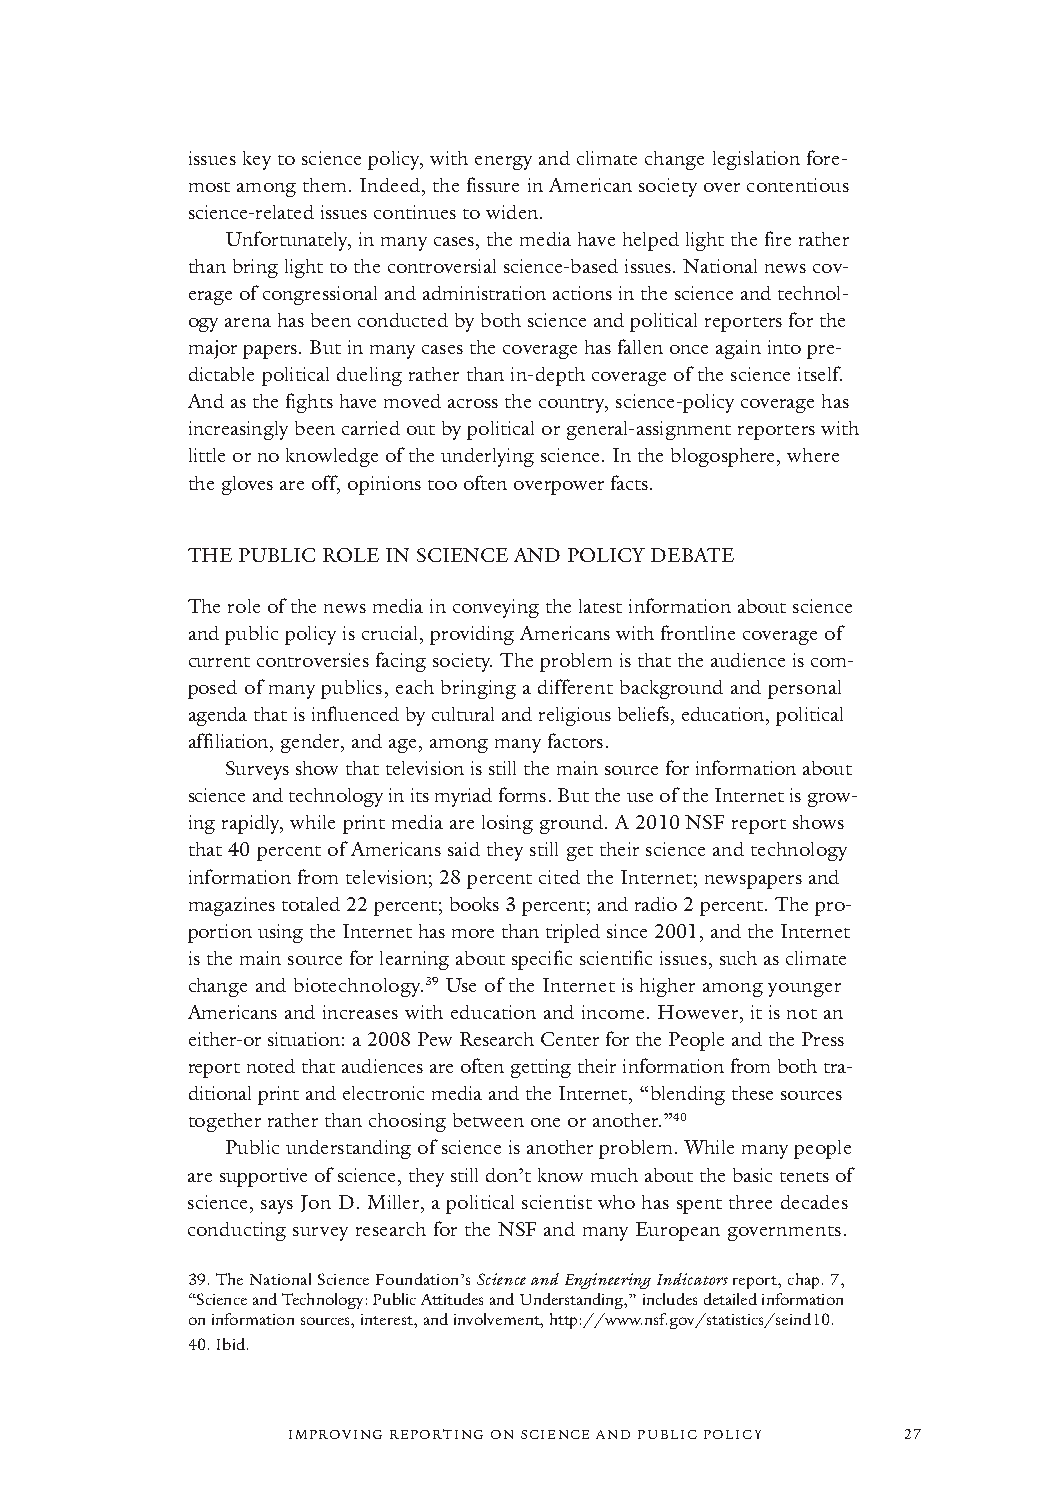
issues key to science policy, with energy and climate change legislation fore-
 most among them. Indeed, the fissure in American society over contentious
 science-related issues continues to widen.
 Unfortunately, in many cases, the media have helped light the fire rather
 than bring light to the controversial science-based issues. National news cov-
 erage of congressional and administration actions in the science and technol-
 ogy arena has been conducted by both science and political reporters for the
 major papers. But in many cases the coverage has fallen once again into pre-
 dictable political dueling rather than in-depth coverage of the science itself.
 And as the fights have moved across the country, science-policy coverage has
 increasingly been carried out by political or general-assignment reporters with
 little or no knowledge of the underlying science. In the blogosphere, where
 the gloves are off, opinions too often overpower facts.
 THE PUBLIC ROLE IN SCIENCE AND POLICY DEBATE
 The role of the news media in conveying the latest information about science
 and public policy is crucial, providing Americans with frontline coverage of
 current controversies facing society. The problem is that the audience is com-
 posed of many publics, each bringing a different background and personal
 agenda that is influenced by cultural and religious beliefs, education, political
 affiliation, gender, and age, among many factors.
 Surveys show that television is still the main source for information about
 science and technology in its myriad forms. But the use of the Internet is grow-
 ing rapidly, while print media are losing ground. A 2010 NSF report shows
 that 40 percent of Americans said they still get their science and technology
 information from television; 28 percent cited the Internet; newspapers and
 magazines totaled 22 percent; books 3 percent; and radio 2 percent. The pro-
 portion using the Internet has more than tripled since 2001, and the Internet
 is the main source for learning about specific scientific issues, such as climate
 change and biotechnology.39Use of the Internet is higher among younger
 Americans and increases with education and income. However, it is not an
 either-or situation: a 2008 Pew Research Center for the People and the Press
 report noted that audiences are often getting their information from both tra-
 ditional print and electronic media and the Internet, “blending these sources
 together rather than choosing between one or another.”40
 Public understanding of science is another problem. While many people
 are supportive of science, they still don’t know much about the basic tenets of
 science, says Jon D. Miller, a political scientist who has spent three decades
 conducting survey research for the NSF and many European governments.
 39.The National Science Foundation’s Science and Engineering Indicatorsreport, chap. 7,
 “Science and Technology: Public Attitudes and Understanding,”includes detailed information
 oninformation sources, interest,and involvement, http://www.nsf.gov/statistics/seind10.
 40.Ibid.
 IMPROVING REPORTING ON SCIENCE AND PUBLIC POLICY 27